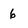
Character: 6